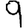
Digit: 9